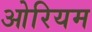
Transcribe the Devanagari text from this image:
ओरियम